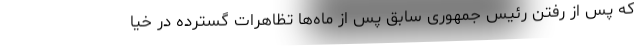
که پس از رفتن رئیس جمهوری سابق پس از ماه‌ها تظاهرات گسترده در خیا